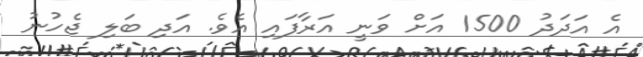
އެ އަދަދު 1500 އަށް ވަނީ އަރާފައި އެވެ. އަދި ބަލި ޖެހުނު